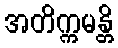
အတိက္ကမန္တိ